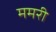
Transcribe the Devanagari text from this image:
ममरी